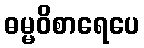
ဓမ္မဝိစာရေပေ